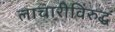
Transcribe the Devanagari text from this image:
लाचारीविरुद्ध